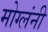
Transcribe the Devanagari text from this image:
मोग्लंनी